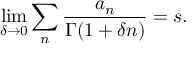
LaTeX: \operatorname* { l i m } _ { \delta \rightarrow 0 } \sum _ { n } { \frac { a _ { n } } { \Gamma ( 1 + \delta n ) } } = s .